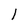
Character: l